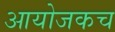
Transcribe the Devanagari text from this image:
आयोजकच